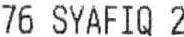
76 SYAFIQ 2